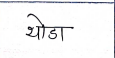
मजकूर: थोडा